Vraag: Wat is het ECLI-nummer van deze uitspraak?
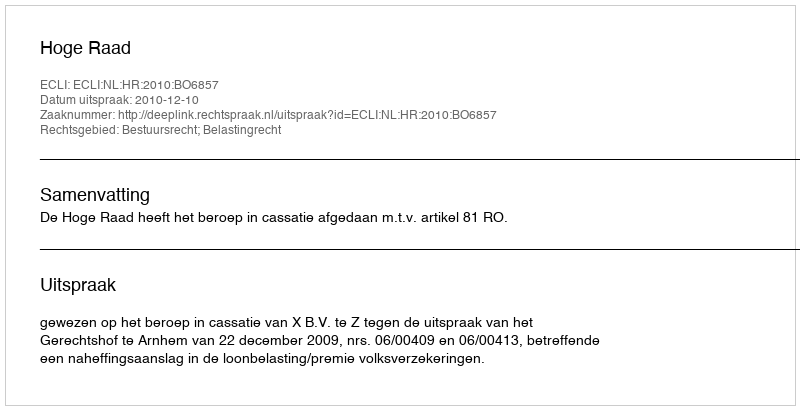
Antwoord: ECLI:NL:HR:2010:BO6857